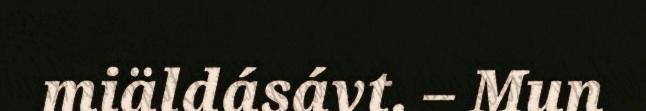
miäldásávt. – Mun